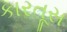
કારતૂસ